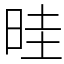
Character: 晆